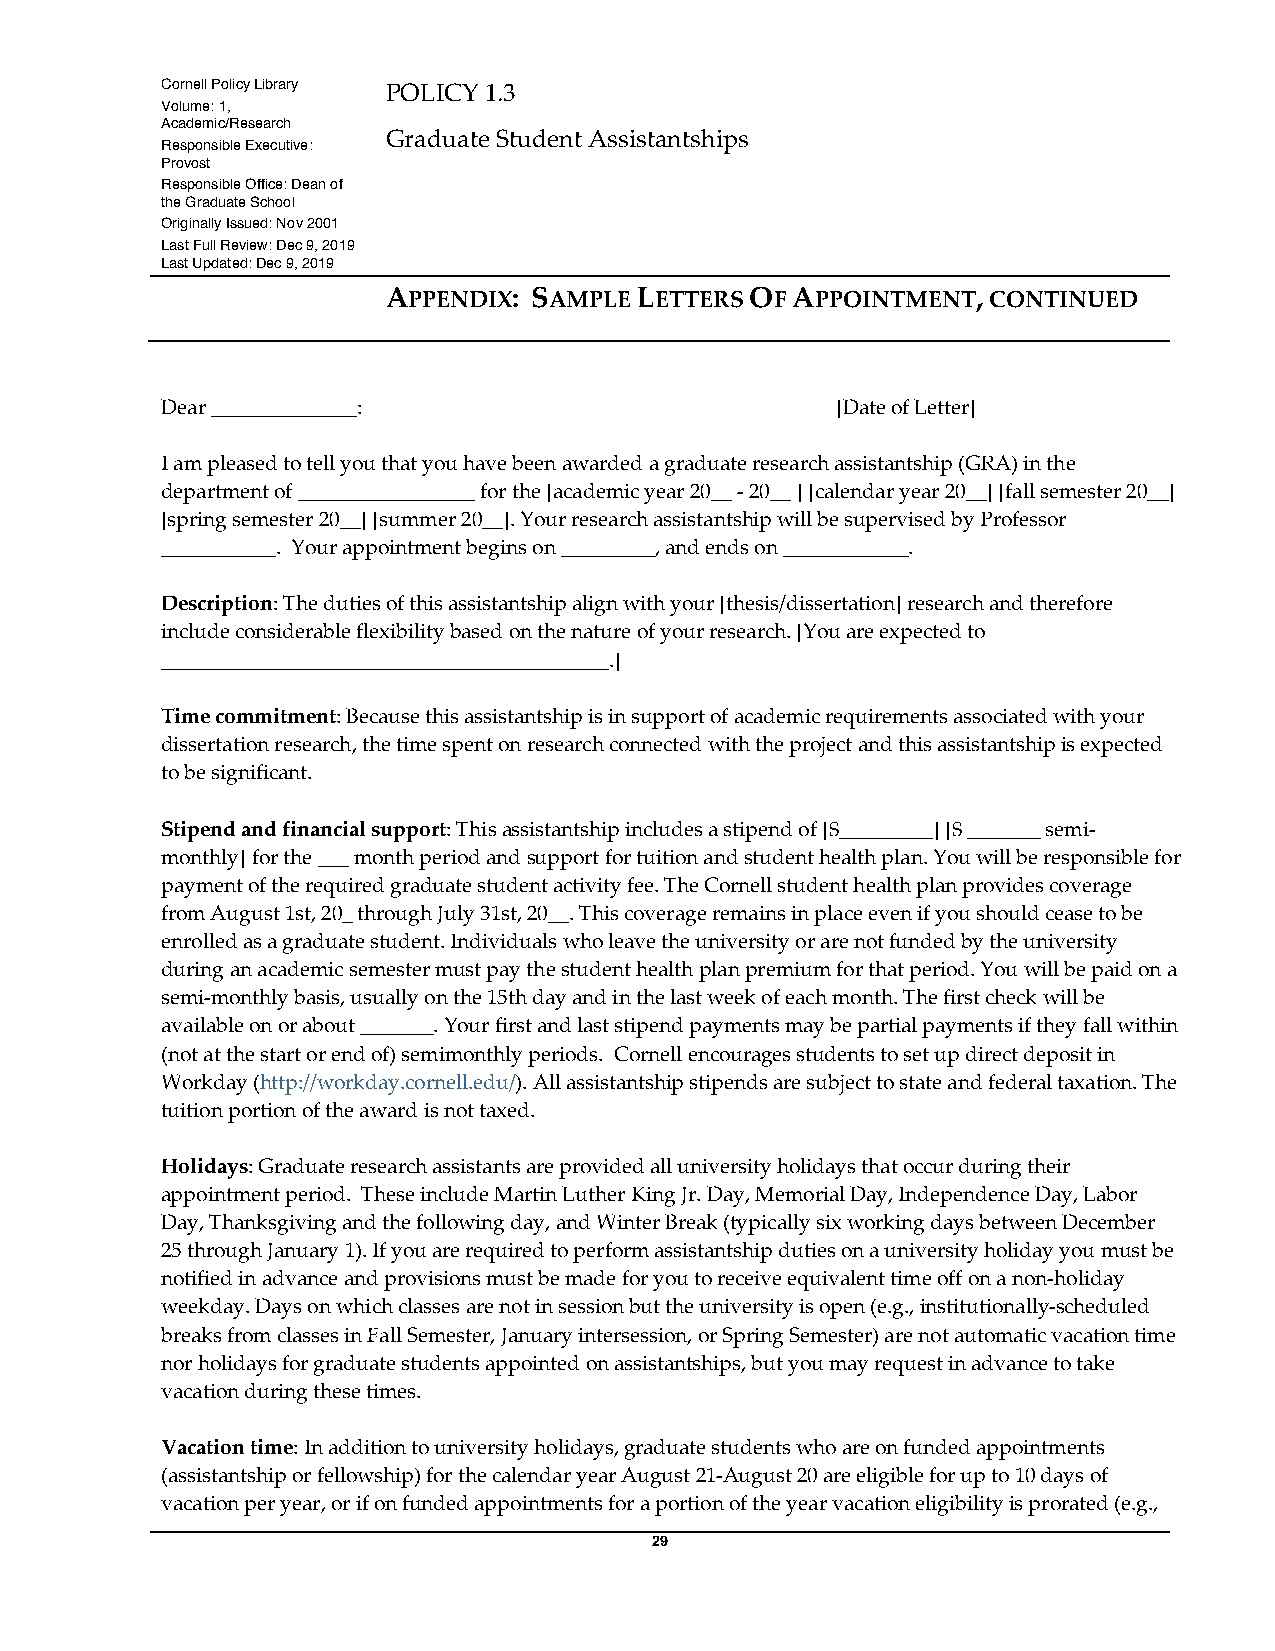
Cornell Policy Library POLICY 1.3
 Volume: 1,
 Academic/Research
 Graduate Student Assistantships
 Responsible Executive:
 Provost
 Responsible Office: Dean of
 the Graduate School
 Originally Issued: Nov 2001
 Last Full Review: Dec 9, 2019
 Last Updated: Dec 9, 2019
 APPENDIX: SAMPLE LETTERS OF APPOINTMENT, CONTINUED
 Dear ______________:                        [Date of Letter]
 I am pleased to tell you that you have been awarded a graduate research assistantship (GRA) in the
 department of _________________ for the [academic year 20__ - 20__ ] [calendar year 20__] [fall semester 20__]
 [spring semester 20__] [summer 20__]. Your research assistantship will be supervised by Professor
 ___________. Your appointment begins on _________, and ends on ____________.
 Description: The duties of this assistantship align with your [thesis/dissertation] research and therefore
 include considerable flexibility based on the nature of your research. [You are expected to
 ___________________________________________.]
 Time commitment: Because this assistantship is in support of academic requirements associated with your
 dissertation research, the time spent on research connected with the project and this assistantship is expected
 to be significant.
 Stipend and financial support: This assistantship includes a stipend of [$_________] [$ _______ semi-
 monthly] for the ___ month period and support for tuition and student health plan. You will be responsible for
 payment of the required graduate student activity fee. The Cornell student health plan provides coverage
 from August 1st, 20_ through July 31st, 20__. This coverage remains in place even if you should cease to be
 enrolled as a graduate student. Individuals who leave the university or are not funded by the university
 during an academic semester must pay the student health plan premium for that period. You will be paid on a
 semi-monthly basis, usually on the 15th day and in the last week of each month. The first check will be
 available on or about _______. Your first and last stipend payments may be partial payments if they fall within
 (not at the start or end of) semimonthly periods. Cornell encourages students to set up direct deposit in
 Workday (http://workday.cornell.edu/). All assistantship stipends are subject to state and federal taxation. The
 tuition portion of the award is not taxed.
 Holidays: Graduate research assistants are provided all university holidays that occur during their
 appointment period. These include Martin Luther King Jr. Day, Memorial Day, Independence Day, Labor
 Day, Thanksgiving and the following day, and Winter Break (typically six working days between December
 25 through January 1). If you are required to perform assistantship duties on a university holiday you must be
 notified in advance and provisions must be made for you to receive equivalent time off on a non-holiday
 weekday. Days on which classes are not in session but the university is open (e.g., institutionally-scheduled
 breaks from classes in Fall Semester, January intersession, or Spring Semester) are not automatic vacation time
 nor holidays for graduate students appointed on assistantships, but you may request in advance to take
 vacation during these times.
 Vacation time: In addition to university holidays, graduate students who are on funded appointments
 (assistantship or fellowship) for the calendar year August 21-August 20 are eligible for up to 10 days of
 vacation per year, or if on funded appointments for a portion of the year vacation eligibility is prorated (e.g.,
 29